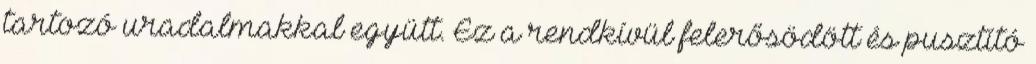
tartozó uradalmakkal együtt. Ez a rendkívül felerősödött és pusztító